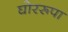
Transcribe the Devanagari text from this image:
घोररूपा